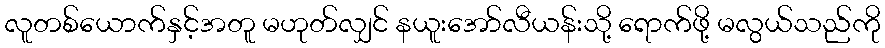
လူတစ်ယောက်နှင့်အတူ မဟုတ်လျှင် နယူးအော်လီယန်းသို့ ရောက်ဖို့ မလွယ်သည်ကို